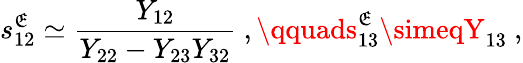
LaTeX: s_{12}^{\mathfrak{E}}\simeq\frac{{Y_{12}}}{{Y_{22}-Y_{23}Y_{32}}}\ ,\qquads_{13}^{\mathfrak{E}}\simeqY_{13}\ ,